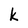
Character: k